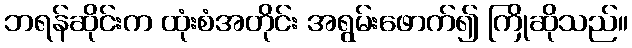
ဘရန်ဆိုင်းက ထုံးစံအတိုင်း အရွမ်းဖောက်၍ ကြိုဆိုသည်။